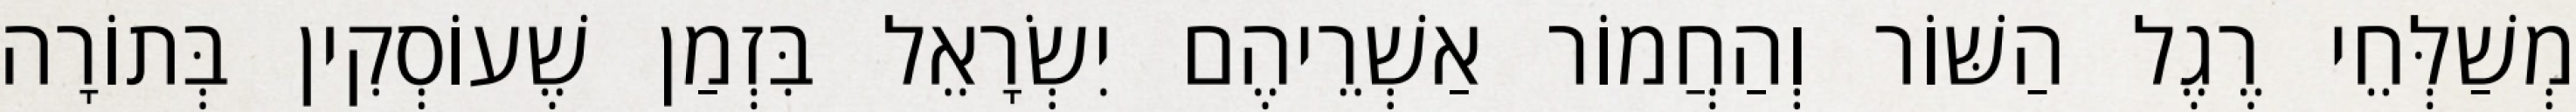
מְשַׁלְּחֵי רֶגֶל הַשּׁוֹר וְהַחֲמוֹר אַשְׁרֵיהֶם יִשְׂרָאֵל בִּזְמַן שֶׁעוֹסְקִין בְּתוֹרָה